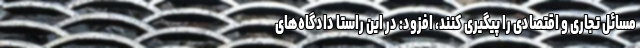
مسائل تجاری و اقتصادی را پیگیری کنند، افزود: در این راستا دادگاه‌های